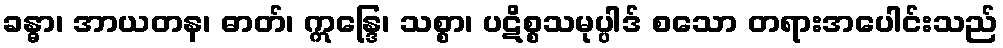
ခန္ဓာ၊ အာယတန၊ ဓာတ်၊ ဣန္ဒြေ၊ သစ္စာ၊ ပဋိစ္စသမုပ္ပါဒ် စသော တရားအပေါင်းသည်